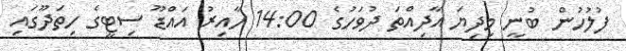
ފުލުހުން ބުނީ މިދިޔަ އާދިއްތަ ދުވަހުގެ 14:00 ހާއިރު އައްޑޫ ސިޓީގެ ހިތަދޫގައި